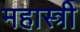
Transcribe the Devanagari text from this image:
महास्त्री